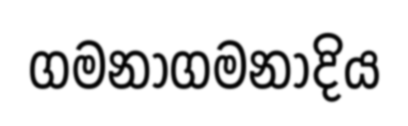
ගමනාගමනාදිය